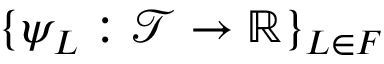
\{ \psi _ { L } : \mathcal { T } \to \mathbb { R } \} _ { L \in F }